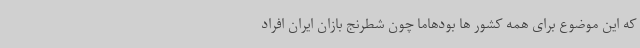
که این موضوع برای همه کشور ها بودهاما چون شطرنج بازان ایران افراد